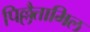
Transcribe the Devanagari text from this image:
पिल्लैत्तामिल